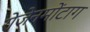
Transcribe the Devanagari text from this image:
रोजेनमोंटाग